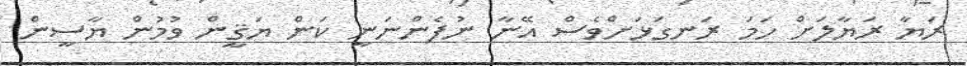
ރަޔާ ރަޔާލަށް ހަމަ ރަނގަޅަށްވެސް އޭނާ ނުފެންނަނީ ކަން ޔަޤީން ވުމުން ޔާސީން